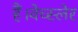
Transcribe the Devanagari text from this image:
हैं।वेच्स्लेर